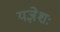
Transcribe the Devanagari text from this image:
यज्ञेशः